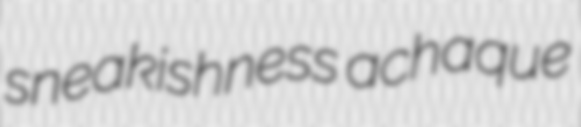
sneakishness achaque